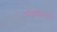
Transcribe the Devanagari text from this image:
मल्लशालाएँ